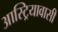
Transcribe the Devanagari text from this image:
आस्ट्रियावासी